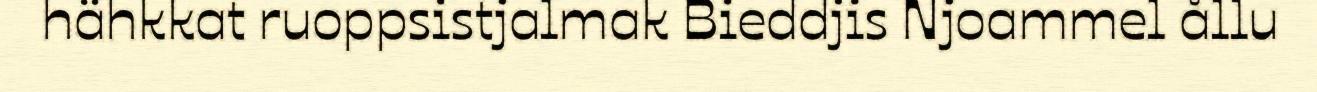
hähkkat ruoppsistjalmak Bieddjis Njoammel ållu